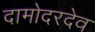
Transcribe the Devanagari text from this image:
दामोदरदेव